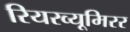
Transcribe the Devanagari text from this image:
रियरव्यूमिरर